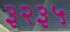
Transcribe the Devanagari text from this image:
३२३५